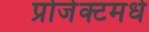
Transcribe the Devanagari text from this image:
प्रोजेक्टमधे